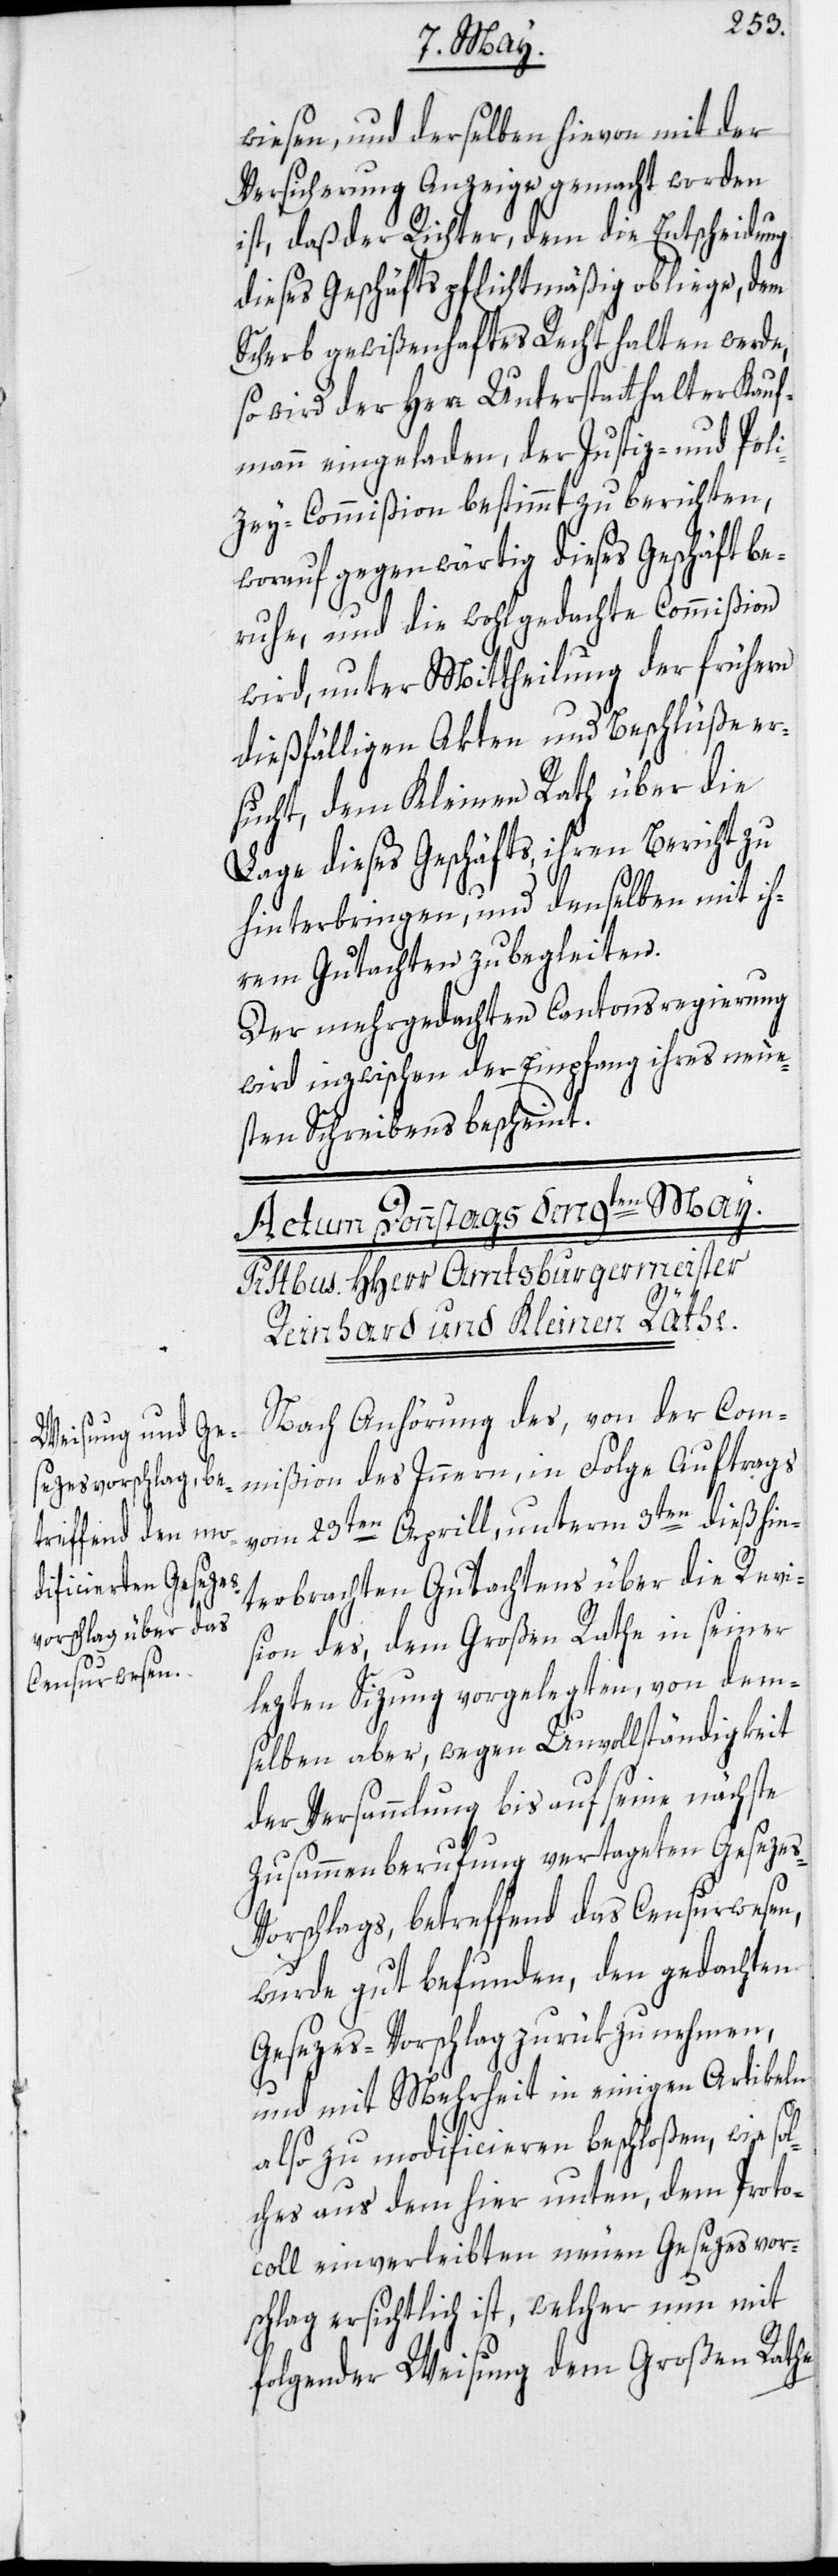
wiesen, und derselben hievon mit der
Versicherung Anzeige gemacht worden
ist, daß der Richter, dem die Entscheidung
dieses Geschäfts pflichtmäßig obliege, dem
Scherb gewißenhaftes Recht halten werde,
so wird der Herr Unterstatthalter Kauf¬
mann eingeladen, der Justiz- und Poli¬
zey-Commißion bestimmt zu berichten,
worauf gegenwärtig dieses Geschäft b¬
eruhe, und die wohlgedachte Commißion
wird, unter Mittheilung der frühern
dießfälligen Akten und Beschlüße er¬
sucht, dem Kleinen Rath über die
Lage dieses Geschäfts, ihren Bericht zu
hinterbringen, und denselben mit ih¬
rem Gutachten zu begleiten.
Der mehrgedachten Cantonsregierung
wird inzwischen der Empfang ihres neue¬
sten Schreibens bescheint.
Nach Anhörung des, von der Com¬
mißion des Innern, in Folge Auftrags
vom 23ten Aprill, unterm 3ten dieß hin¬
terbrachten Gutachtens über die Revi¬
sion des, dem Großen Rathe in seiner
lezten Sizung vorgelegten, von dem¬
selben aber, wegen Unvollständigkeit
der Versammlung bis auf seine nächste
Zusammenberufung vertageten Geseze¬
s-Vorschlags, betreffend das Censurwesen,
wurde gut befunden, den gedachten
Gesezes-Vorschlag zurük zu nehmen,
und mit Mehrheit in einigen Artikeln
also zu modificieren beschloßen, wie sol¬
ches aus dem hier unten, dem Proto¬
coll einverleibten neuen Gesezesvor¬
schlag ersichtlich ist, welcher nun mit
folgender Weisung dem Großen Rathe